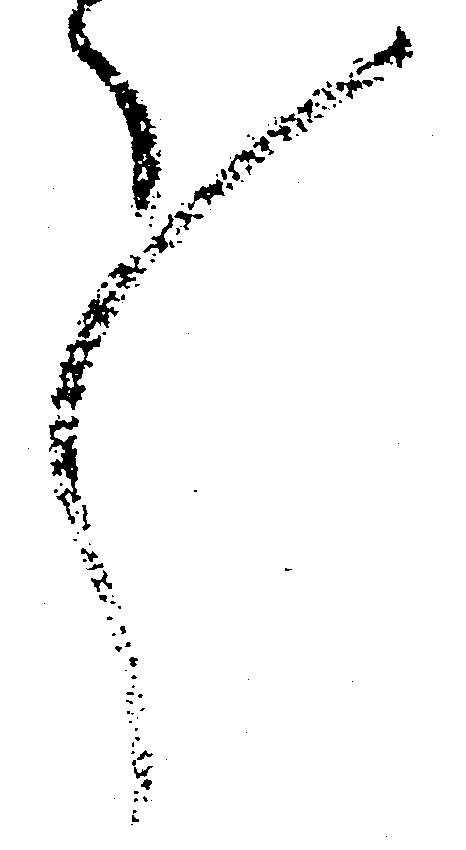
々